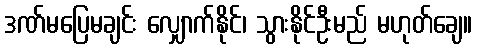
ဒဏ်မပြေမချင်း လျှောက်နိုင်၊ သွားနိုင်ဦးမည် မဟုတ်ချေ။